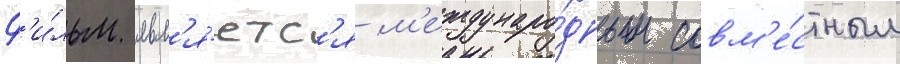
Ф'и́льм явл'я́етс'я м'еждунаро́дным совм'е́стным